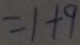
= 1 + 9